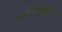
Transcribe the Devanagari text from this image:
अतर्कबुद्धिवाद